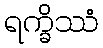
ရက္ခိဿံ